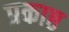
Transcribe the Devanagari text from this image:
प्रकाष्ठ